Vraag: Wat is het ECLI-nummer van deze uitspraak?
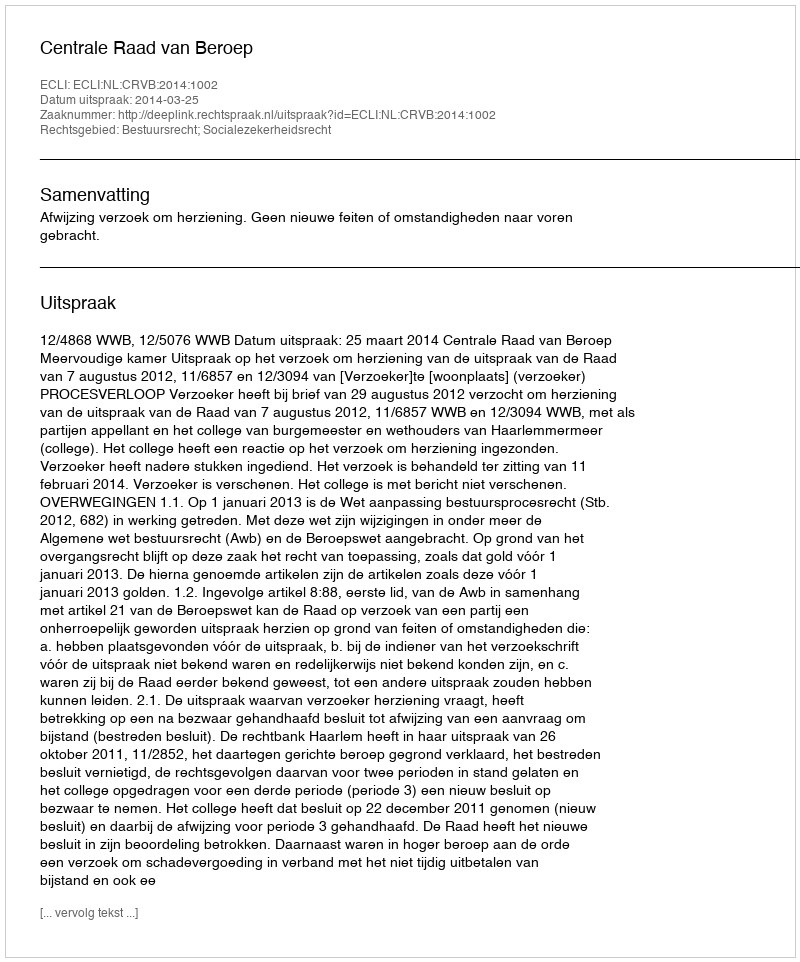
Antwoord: ECLI:NL:CRVB:2014:1002